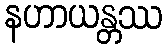
နဟာယန္တဿ